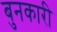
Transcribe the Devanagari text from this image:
बुनकारी